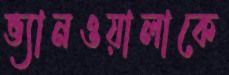
ভ্যানওয়ালাকে